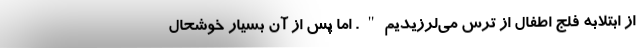
از ابتلابه فلج اطفال از ترس می‌لرزیدیم". اما پس از آن بسیار خوشحال